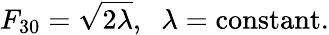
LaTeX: F_{30}=\sqrt{2\lambda},\; \; \lambda=\mathrm{constant}.